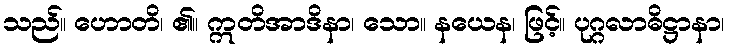
သည်။ ဟောတိ၊ ၏။ ဣတိအာဒိနာ၊ သော။ နယေန၊ ဖြင့်။ ပုဂ္ဂလာဓိဋ္ဌာနာ၊